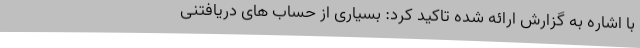
با اشاره به گزارش ارائه شده تاکید کرد: بسیاری از حساب های دریافتنی